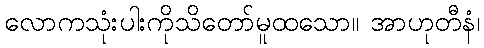
လောကသုံးပါးကိုသိတော်မူထသော။ အာဟုတီနံ၊